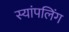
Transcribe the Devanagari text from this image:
स्यांपलिंग